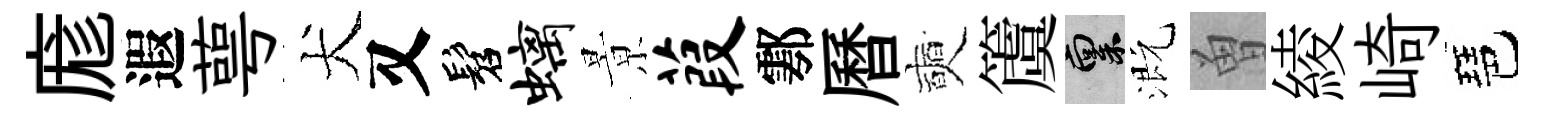
庬遐萼犬又髫螭㬌葭鄠曆奭𥵂禀溉曽綾崎琶